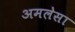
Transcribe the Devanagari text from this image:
अमलेसा